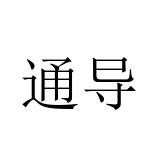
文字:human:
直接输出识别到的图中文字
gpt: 通导